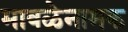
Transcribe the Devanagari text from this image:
मावळेनामक